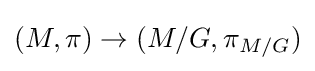
(M,\pi )\to (M/G,\pi _{M/G})